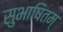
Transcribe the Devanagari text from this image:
सुभाषितम्